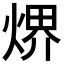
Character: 𤋽